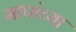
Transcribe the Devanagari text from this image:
मापांच्या